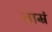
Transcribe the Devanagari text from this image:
ताम्रं